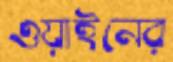
ওয়াইনের